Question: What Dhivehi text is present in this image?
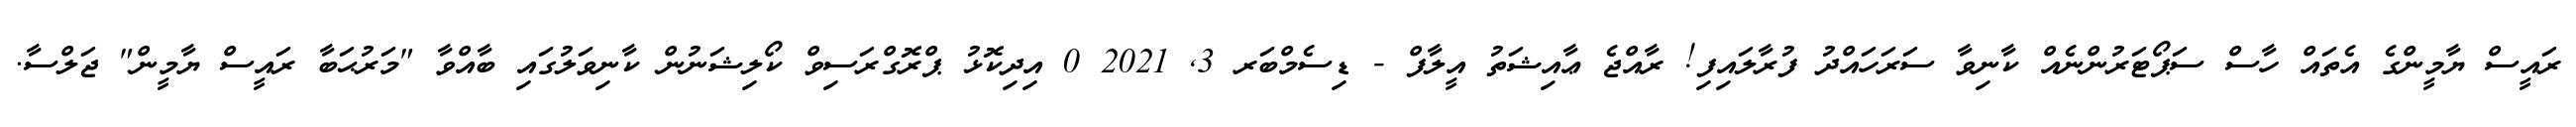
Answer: ރައީސް ޔާމީންގެ އެތައް ހާސް ސަޕޯޓަރުންނެއް ކާނިވާ ސަރަހައްދު ފުރާލައިފި! ރާއްޖެ ޢާއިޝަތު އީލާފް - ޑިސެމްބަރ 3, 2021 0 އިދިކޮޅު ޕްރޮގްރަސިވް ކޯލިޝަނުން ކާނިވަލުގައި ބާއްވާ "މަރުޙަބާ ރައީސް ޔާމީން" ޖަލްސާ.